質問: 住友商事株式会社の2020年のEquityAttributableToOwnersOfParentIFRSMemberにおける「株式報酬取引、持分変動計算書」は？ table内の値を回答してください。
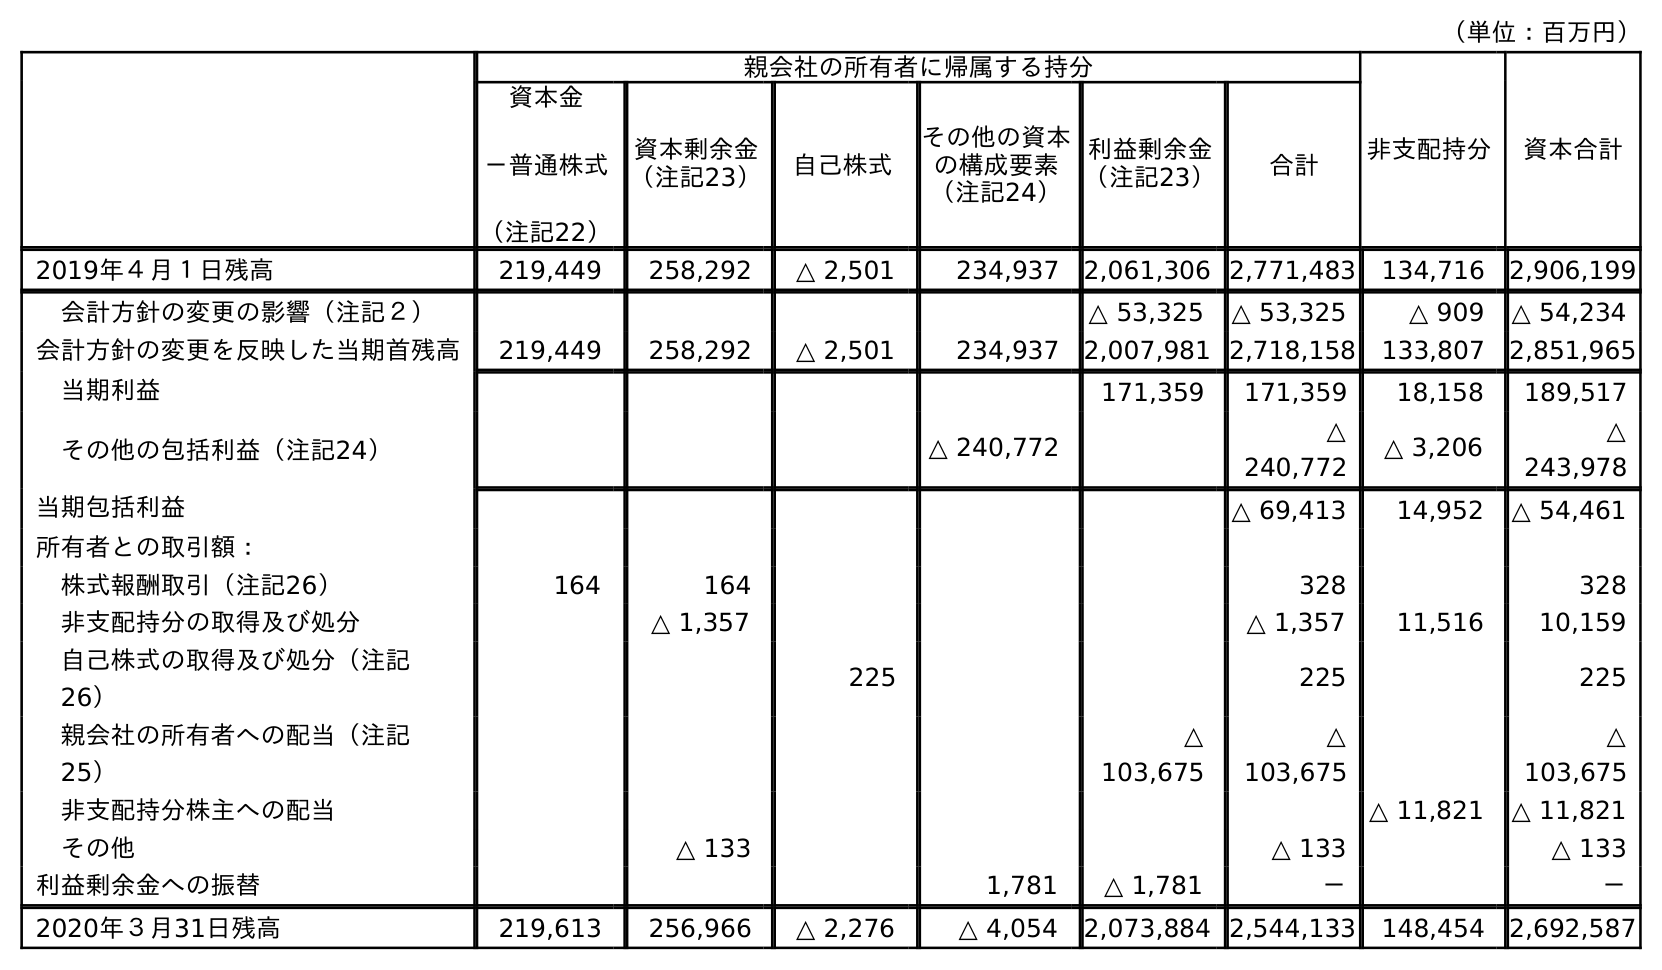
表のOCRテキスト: （単位：百万円） 親会社の所有者に帰属する持分 非支配持分 資本合計 資本金 －普通株式 （注記22） 資本剰余金 （注記23） 自己株式 その他の資本 の構成要素 （注記24） 利益剰余金 （注記23） 合計 2019年４月１日残高 219,449 258,292 △ 2,501 234,937 2,061,306 2,771,483 134,716 2,906,199 会計方針の変更の影響（注記２） △ 53,325 △ 53,325 △ 909 △ 54,234 会計方針の変更を反映した当期首残高 219,449 258,292 △ 2,501 234,937 2,007,981 2,718,158 133,807 2,851,965 当期利益 171,359 171,359 18,158 189,517 その他の包括利益（注記24） △ 240,772 △ 240,772 △ 3,206 △ 243,978 当期包括利益 △ 69,413 14,952 △ 54,461 所有者との取引額： 株式報酬取引（注記26） 164 164 328 328 非支配持分の取得及び処分 △ 1,357 △ 1,357 11,516 10,159 自己株式の取得及び処分（注記 26） 225 225 225 親会社の所有者への配当（注記 25） △ 103,675 △ 103,675 △ 103,675 非支配持分株主への配当 △ 11,821 △ 11,821 その他 △ 133 △ 133 △ 133 利益剰余金への振替 1,781 △ 1,781 － － 2020年３月31日残高 219,613 256,966 △ 2,276 △ 4,054 2,073,884 2,544,133 148,454 2,692,587
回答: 328